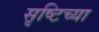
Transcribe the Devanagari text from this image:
सृष्टिच्या